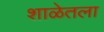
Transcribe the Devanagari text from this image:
शाळेतला